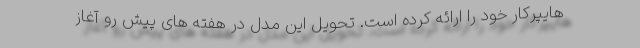
هایپرکار خود را ارائه کرده است. تحویل این مدل در هفته های پیش رو آغاز